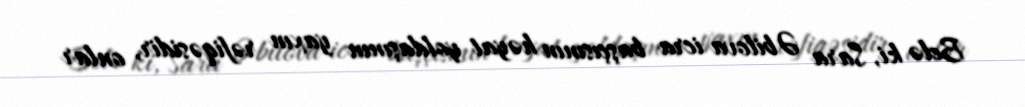
Belə ki, Sara Əbilova icra başçısının həyat yoldaşının yaxın rəfiqəsidir, onlar